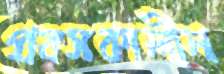
প্রবসকালীন